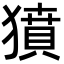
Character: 獖